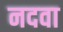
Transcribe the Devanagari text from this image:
नदवा